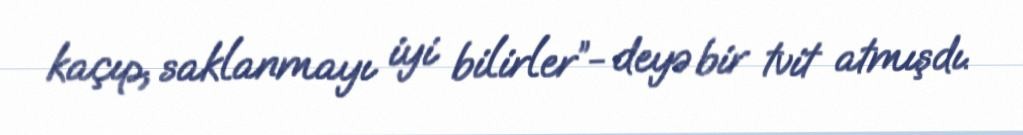
kaçıp, saklanmayı iyi bilirler”- deyə bir tvit atmışdı.